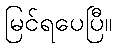
မြင်ရပေပြီ။